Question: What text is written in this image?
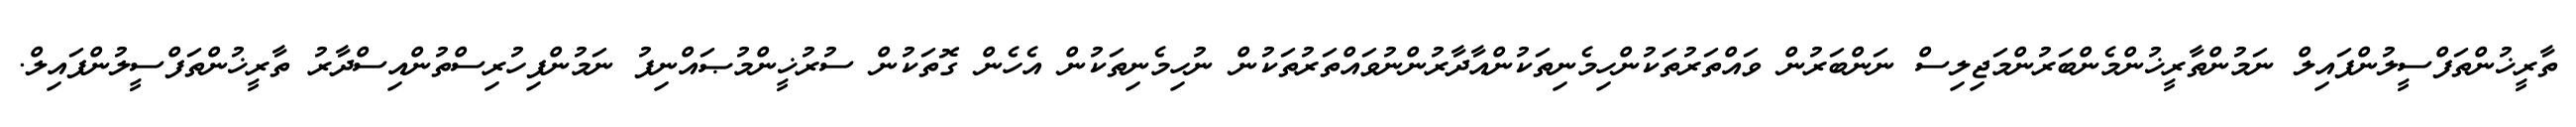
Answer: ތާރީޚުންތަފްސީލުންފައިލް ނަމުންތާރީޚުންމެންބަރުންމަޖިލިސް ނަންބަރުން ވައްތަރުތަކުންހިމެނިތަކުންއާދާރުންނުވައްތަރުތަކުން ނުހިމެނިތަކުން އެހެން ގޮތަކުން ސުރުޚީންމުޞައްނިފު ނަމުންފިހުރިސްތުންއިސްދާރު ތާރީޚުންތަފްސީލުންފައިލް.